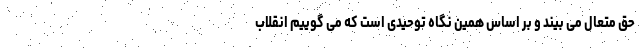
حق متعال می بیند و بر اساس همین نگاه توحیدی است که می گوییم انقلاب